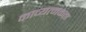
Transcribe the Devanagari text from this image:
काव्यत्मकता